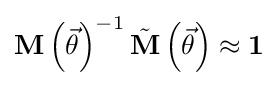
\mathbf {M} \left({\vec {\theta }}\right)^{-1}{\tilde {\mathbf {M} }}\left({\vec {\theta }}\right)\approx \mathbf {1}